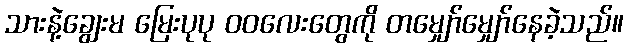
သားနဲ့ချွေးမ မြေးပုပု ဝဝလေးတွေကို တမျှော်မျှော်နေခဲ့သည်။